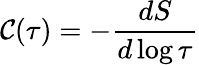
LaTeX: \mathcal{C}(\tau)=-\frac{{dS}}{{d\log\tau}}